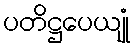
ပတိဋ္ဌပေယျုံ